Lunatic asylums Central Provinces reports 1874-1885 - 1874-1885
Year: 1874
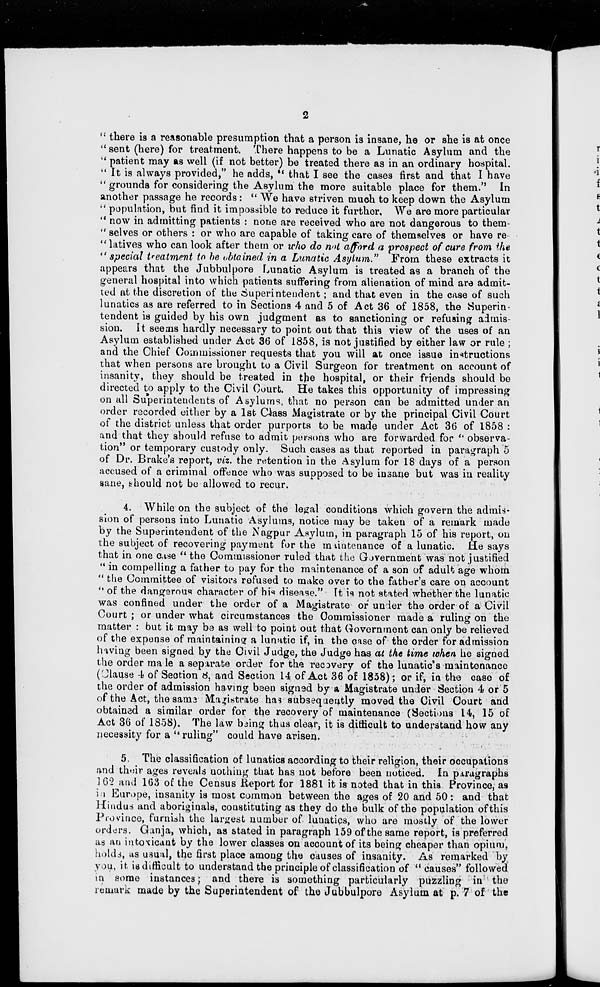
2
" there is a reasonable presumption that a person is insane, he or she is at once
" sent (here) for treatment. There happens to be a Lunatic Asylum and the
" patient may as well (if not better) be treated there as in an ordinary hospital.
" It is always provided," he adds, " that I see the cases first and that I have
" grounds for considering the Asylum the more suitable place for them." In
another passage he records : " We have striven much to keep down the Asylum
" population, but find it impossible to reduce it furtherf. We are more particular
" now in admitting patients : none are received who are not dangerous to them-
" selves or others : or who are capable of taking care of themselves or have re
"latives who can look after them or who do not afford a prospect of cure from the
"special treatment to be obtained in a Lunatic Asylum."
From these extracts it
appears that the Jubbulpore Lunatic Asylum is treated as a branch of the
general hospital into which patients suffering from alienation of mind are admit-
ted at the discretion of the Superintendent ; and that even in the case of such
lunatics as are referred to in Sections 4 and 5 of Act 36 of 1858, the Superin-
tendent is guided by his own judgment as to sanctioning or refusing admis-
sion. It seems hardly necessary to point out that this view of the uses of an
Asylum established under Act 36 of 1858, is not justified by either law or rule ;
and the Chief Commissioner requests that you will at once issue instructions
that when persons are brought to a Civil Surgeon for treatment on account of
insanity, they should be treated in the hospital, or their friends should be
directed to apply to the Civil Court. He takes this opportunity of impressing
on all Superintendents of Asylums, that no person can be admitted under an
order recorded either by a 1st Class Magistrate or by the principal Civil Court
of the district unless that order purports to be made under Act 36 of 1858 :
and that they should refuse to admit persons who are forwarded for " observa-
tion" or temporary custody only. Such cases as that reported in paragraph 5
of Dr. Brake's report, viz. the retention in the Asylum for 18 days of a person
accused of a criminal offence who was supposed to be insane but was in reality
sane, should not be allowed to recur.
4. While on the subject of the legal conditions which govern the admis-
sion of persons into Lunatic Asylums, notice may be taken of a remark made
by the Superintendent of the Nagpur Asylum, in paragraph 15 of his report, on
the subject of recovering payment for the maintenance of a lunatic. He says
that in one case " the Commissioner ruled that the Government was not justified
" in compelling a father to pay for the maintenance of a son of adult age whom
" the Committee of visitors refused to make over to the father's care on account
" of the dangerous character of his disease." It is not stated whether the lunatic
was confined under the order of a Magistrate or under the order of a Civil
Court ; or under what circumstances the Commissioner made a ruling on the
matter : but it may be as well to point out that Government can only be relieved
of the expense of maintaining a lunatic if, in the case of the order for admission
having been signed by the Civil Judge, the Judge has at the time when he signed
the order made a separate order for the recovery of the lunatic's maintenance
(Clause 4 of Section 8, and Section 14 of Act 36 of 1858); or if, in the case of
the order of admission having been signed by a Magistrate under Section 4 or 5
of the Act, the same Magistrate has subsequently moved the Civil Court and
obtained a similar order for the recovery of maintenance (Sections 14, 15 of
Act 36 of 1858). The law being thus clear, it is difficult to understand how any
necessity for a " ruling" could have arisen.
5 The classification of lunatics according to their religion, their occupations
and their ages reveals nothing that has not before been noticed. In paragraphs
162 and 163 of the Census Report for 1881 it is noted that in this Province, as
in Europe, insanity is most common between the ages of 20 and 50 : and that
Hindus and aboriginals, constituting as they do the bulk of the population of this
Province, furnish the largest number of lunatics, who are mostly of the lower
orders. Ganja, which, as stated in paragraph 159 of the same report, is preferred
as an intoxicant by the lower classes on account of its being cheaper than opium,
holds, as usual, the first place among the causes of insanity. As remarked by
you, it is difficult to understand the principle of classification of " causes" followed
in some instances; and there is something particularly puzzling in the
remark made by the Superintendent of the Jubbulpore Asylum at p. 7 of the